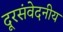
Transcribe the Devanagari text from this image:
दूरसंवेदनीय